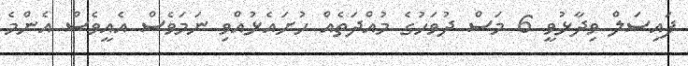
ފައިސަލް ވިދާޅުވީ 6 މަސް ދުވަހުގެ މުއްދަތެއް ހުށައެޅުއްވި ނަމަވެސް އެއީވެސް އެންމެ